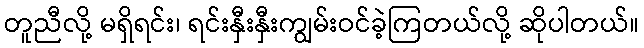
တူညီလို့ မရှိရင်း၊ ရင်းနှီးနှီးကျွမ်းဝင်ခဲ့ကြတယ်လို့ ဆိုပါတယ်။